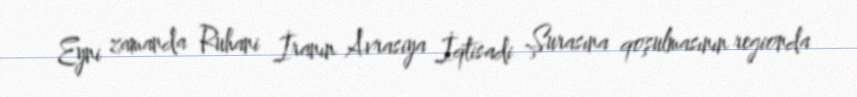
Eyni zamanda Ruhani İranın Avrasiya İqtisadi Şurasına qoşulmasının regionda